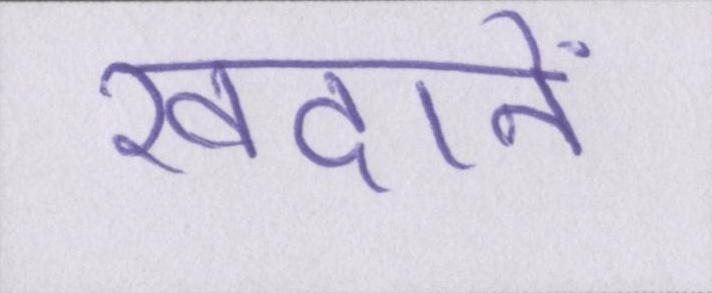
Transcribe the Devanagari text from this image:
खदानें